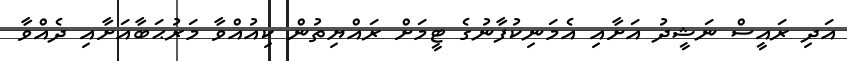
އަދި ރައީސް ނަޝީދު އަށާއި އެމަނިކުފާނުގެ ޓީމަށް ރައްޔިތުން ކިއުއްވާ މަރުޙަބާއަށާއި ދެއްވާ